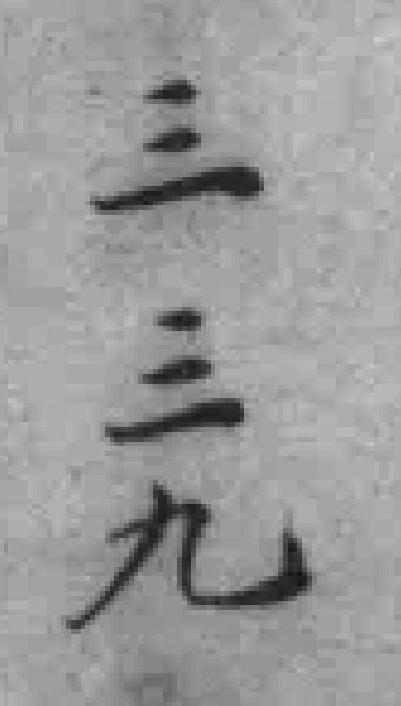
三三九